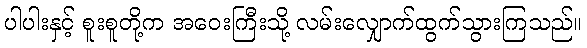
ပါပါးနှင့် စူးစူတို့က အဝေးကြီးသို့ လမ်းလျှောက်ထွက်သွားကြသည်။